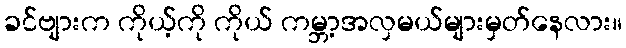
ခင်ဗျားက ကိုယ့်ကို ကိုယ် ကမ္ဘာ့အလှမယ်များမှတ်နေလား။